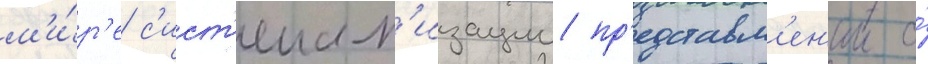
м'и́р'е с'ист'емат'изации пр'едставл'ен'ии о́